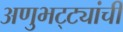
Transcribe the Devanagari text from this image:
अणुभट्ट्यांची